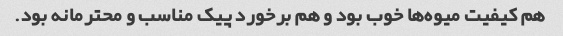
هم کیفیت میوه‌ها خوب بود و هم برخورد پیک مناسب و محترمانه بود.